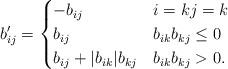
LaTeX: \begin{align*}b'_{ij} = \begin{cases}-b_{ij} & i = k j=k \\b_{ij} & b_{ik}b_{kj} \leq 0 \\b_{ij} + |b_{ik}|b_{kj} & b_{ik}b_{kj} > 0.\end{cases}\end{align*}